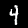
Digit: 4